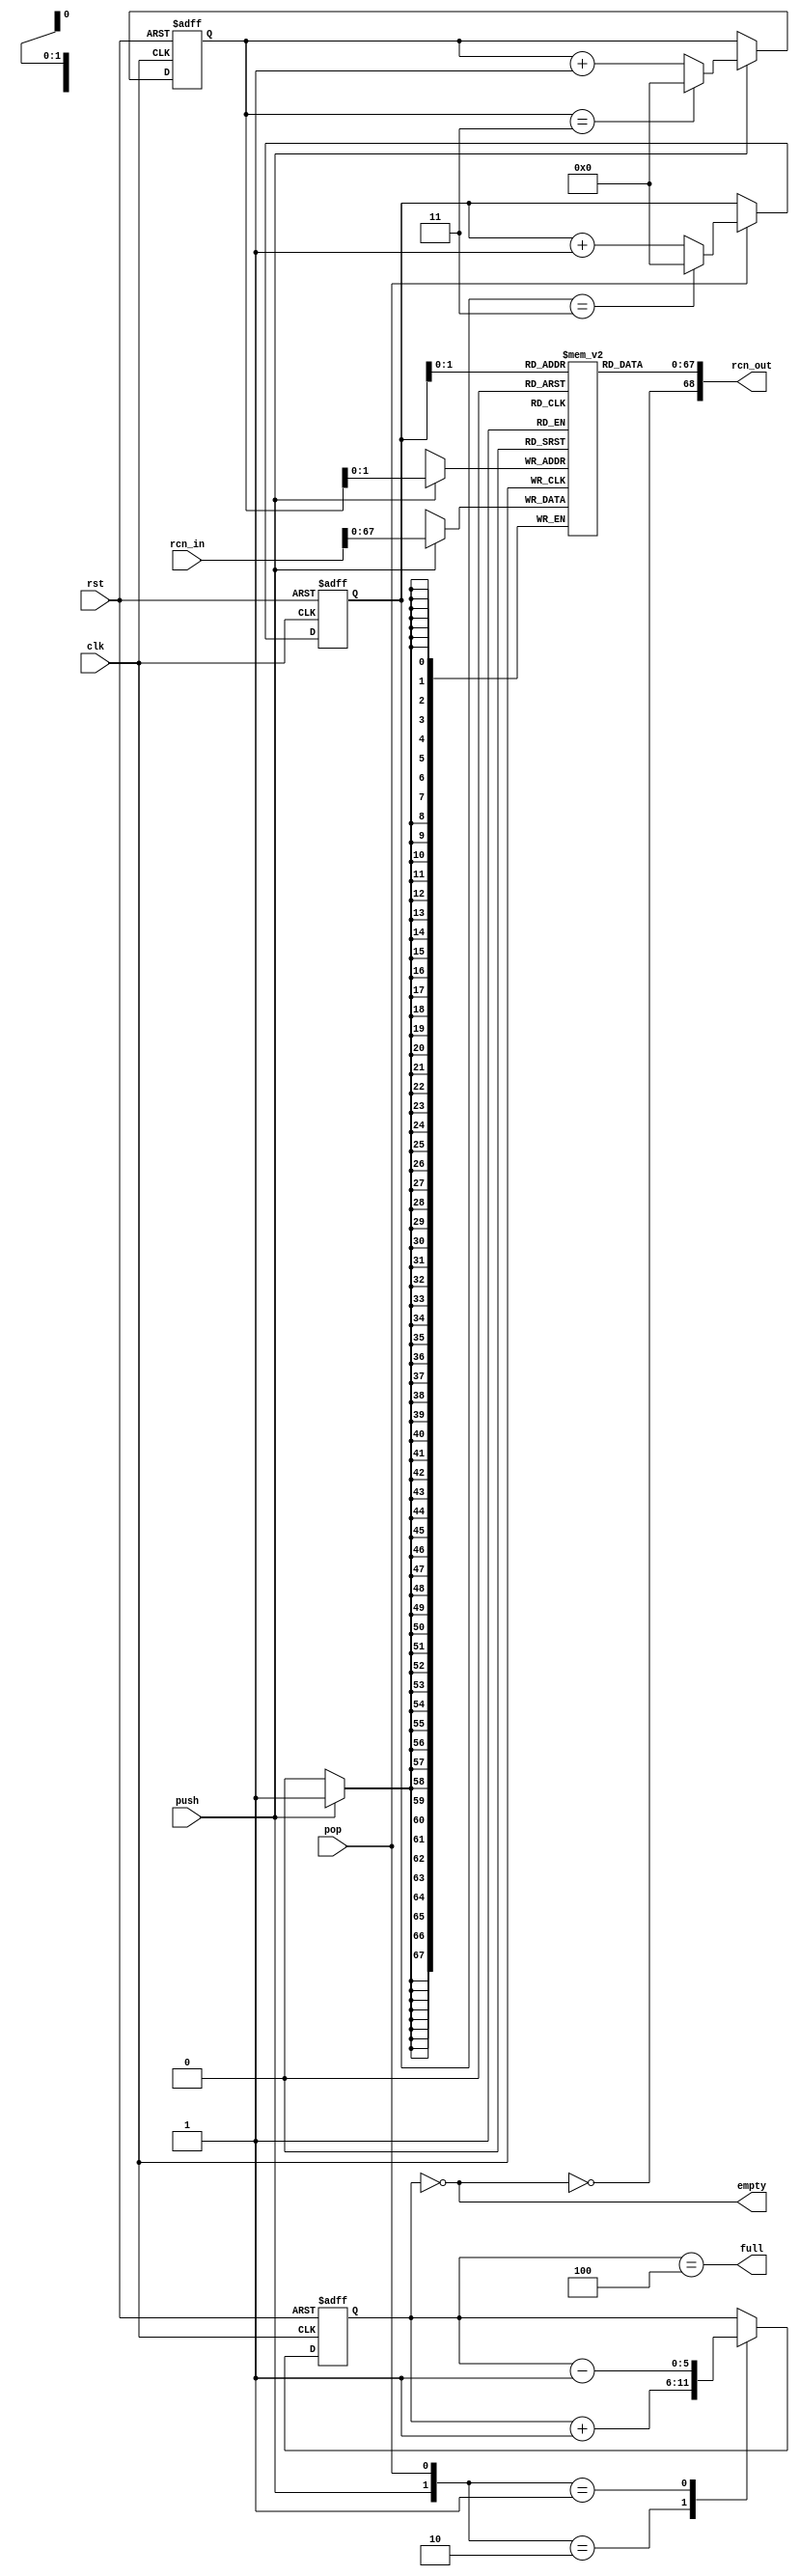
/* SPDX-License-Identifier: MIT */
/* (c) Copyright 2018 David M. Koltak, all rights reserved. */

/*
 * rcn transaction fifo.
 *
 */

module rcn_fifo
(
    input rst,
    input clk,

    input [68:0] rcn_in,
    input push,
    output full,

    output [68:0] rcn_out,
    input pop,
    output empty
);
    parameter DEPTH = 4; // max 32

    reg [4:0] head;
    reg [4:0] tail;
    reg [5:0] cnt;

    wire fifo_full = (cnt == DEPTH);
    wire fifo_empty = (cnt == 0);

    always @ (posedge clk or posedge rst)
        if (rst)
        begin
            head <= 5'd0;
            tail <= 5'd0;
            cnt <= 6'd0;
        end
        else
        begin
            if (push)
                head <= (head == (DEPTH - 1)) ? 5'd0 : head + 5'd1;

            if (pop)
                tail <= (tail == (DEPTH - 1)) ? 5'd0 : tail + 5'd1;

            case ({push, pop})
            2'b10: cnt <= cnt + 6'd1;
            2'b01: cnt <= cnt - 6'd1;
            default: ;
            endcase
        end

    reg [67:0] fifo[(DEPTH - 1):0];

    always @ (posedge clk)
        if (push)
            fifo[head] <= rcn_in[67:0];

    assign full = fifo_full;
    assign empty = fifo_empty;

    assign rcn_out = {!fifo_empty, fifo[tail]};

endmodule